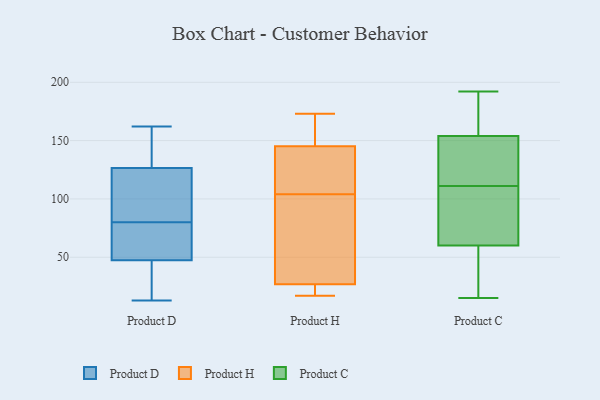
{"axis": {"x": "Backlog", "y": "Value"}, "legend": ["Product C", "Product D", "Product H"], "data": [{"x": "", "y": 61, "type": "Product D"}, {"x": "", "y": 25, "type": "Product D"}, {"x": "", "y": 97, "type": "Product D"}, {"x": "", "y": 13, "type": "Product D"}, {"x": "", "y": 69, "type": "Product D"}, {"x": "", "y": 135, "type": "Product D"}, {"x": "", "y": 157, "type": "Product D"}, {"x": "", "y": 152, "type": "Product D"}, {"x": "", "y": 76, "type": "Product D"}, {"x": "", "y": 42, "type": "Product D"}, {"x": "", "y": 43, "type": "Product D"}, {"x": "", "y": 94, "type": "Product D"}, {"x": "", "y": 101, "type": "Product D"}, {"x": "", "y": 162, "type": "Product D"}, {"x": "", "y": 80, "type": "Product D"}, {"x": "", "y": 107, "type": "Product H"}, {"x": "", "y": 48, "type": "Product H"}, {"x": "", "y": 24, "type": "Product H"}, {"x": "", "y": 90, "type": "Product H"}, {"x": "", "y": 157, "type": "Product H"}, {"x": "", "y": 124, "type": "Product H"}, {"x": "", "y": 140, "type": "Product H"}, {"x": "", "y": 146, "type": "Product H"}, {"x": "", "y": 145, "type": "Product H"}, {"x": "", "y": 26, "type": "Product H"}, {"x": "", "y": 104, "type": "Product H"}, {"x": "", "y": 19, "type": "Product H"}, {"x": "", "y": 27, "type": "Product H"}, {"x": "", "y": 170, "type": "Product H"}, {"x": "", "y": 173, "type": "Product H"}, {"x": "", "y": 98, "type": "Product H"}, {"x": "", "y": 17, "type": "Product H"}, {"x": "", "y": 140, "type": "Product C"}, {"x": "", "y": 98, "type": "Product C"}, {"x": "", "y": 156, "type": "Product C"}, {"x": "", "y": 142, "type": "Product C"}, {"x": "", "y": 176, "type": "Product C"}, {"x": "", "y": 111, "type": "Product C"}, {"x": "", "y": 148, "type": "Product C"}, {"x": "", "y": 56, "type": "Product C"}, {"x": "", "y": 192, "type": "Product C"}, {"x": "", "y": 15, "type": "Product C"}, {"x": "", "y": 165, "type": "Product C"}, {"x": "", "y": 96, "type": "Product C"}, {"x": "", "y": 72, "type": "Product C"}, {"x": "", "y": 44, "type": "Product C"}, {"x": "", "y": 20, "type": "Product C"}, {"x": "", "y": 106, "type": "Product C"}, {"x": "", "y": 33, "type": "Product C"}, {"x": "", "y": 147, "type": "Product C"}, {"x": "", "y": 191, "type": "Product C"}]}